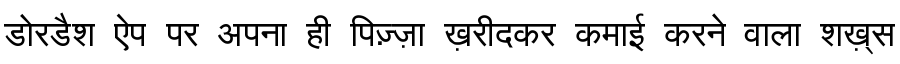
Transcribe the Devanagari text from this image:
डोरडैश ऐप पर अपना ही पिज़्ज़ा ख़रीदकर कमाई करने वाला शख़्स